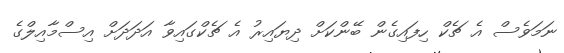
ނަމަވެސް އެ ޗެކް ހިފައިގެން ބޭންކަށް ދިޔައިރު އެ ޗެކްގައިވާ އަދަދަށް އިސްމާއިލްގެ